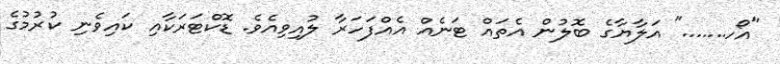
"އޯހ......." އަލާޔާގެ ބޮލުން އެތައް ޓަނެއް އެއްފަހަރާ ލުއިވިއެވެ. ޑޮކްޓަރަކާއި ކައިވެނި ކުރުމުގެ